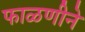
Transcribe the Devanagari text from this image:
फाळणीने